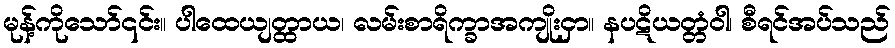
မုန့်ကိုသော်၎င်း။ ပါထေယျတ္ထာယ၊ လမ်းစာရိက္ခာအကျိုးငှာ။ နပဋိယတ္တံဝါ၊ စီရင်အပ်သည်